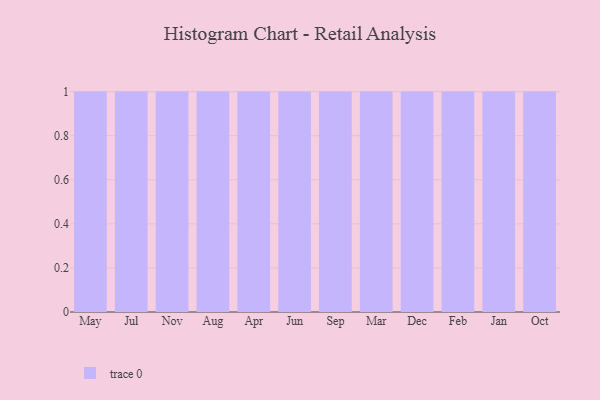
{"axis": {"x": "Month", "y": "Market Share (%)"}, "legend": [""], "data": [{"x": "May", "y": 61, "type": ""}, {"x": "Jul", "y": 69, "type": ""}, {"x": "Nov", "y": 15, "type": ""}, {"x": "Aug", "y": 15, "type": ""}, {"x": "Apr", "y": 71, "type": ""}, {"x": "Jun", "y": 37, "type": ""}, {"x": "Sep", "y": 66, "type": ""}, {"x": "Mar", "y": 14, "type": ""}, {"x": "Dec", "y": 43, "type": ""}, {"x": "Feb", "y": 70, "type": ""}, {"x": "Jan", "y": 45, "type": ""}, {"x": "Oct", "y": 57, "type": ""}]}